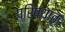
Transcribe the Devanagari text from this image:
प्रिप्यात